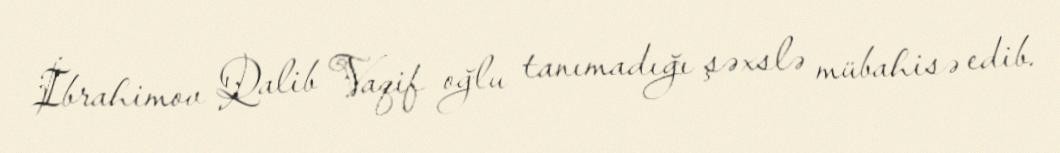
İbrahimov Qalib Vaqif oğlu tanımadığı şəxslə mübahisə edib.